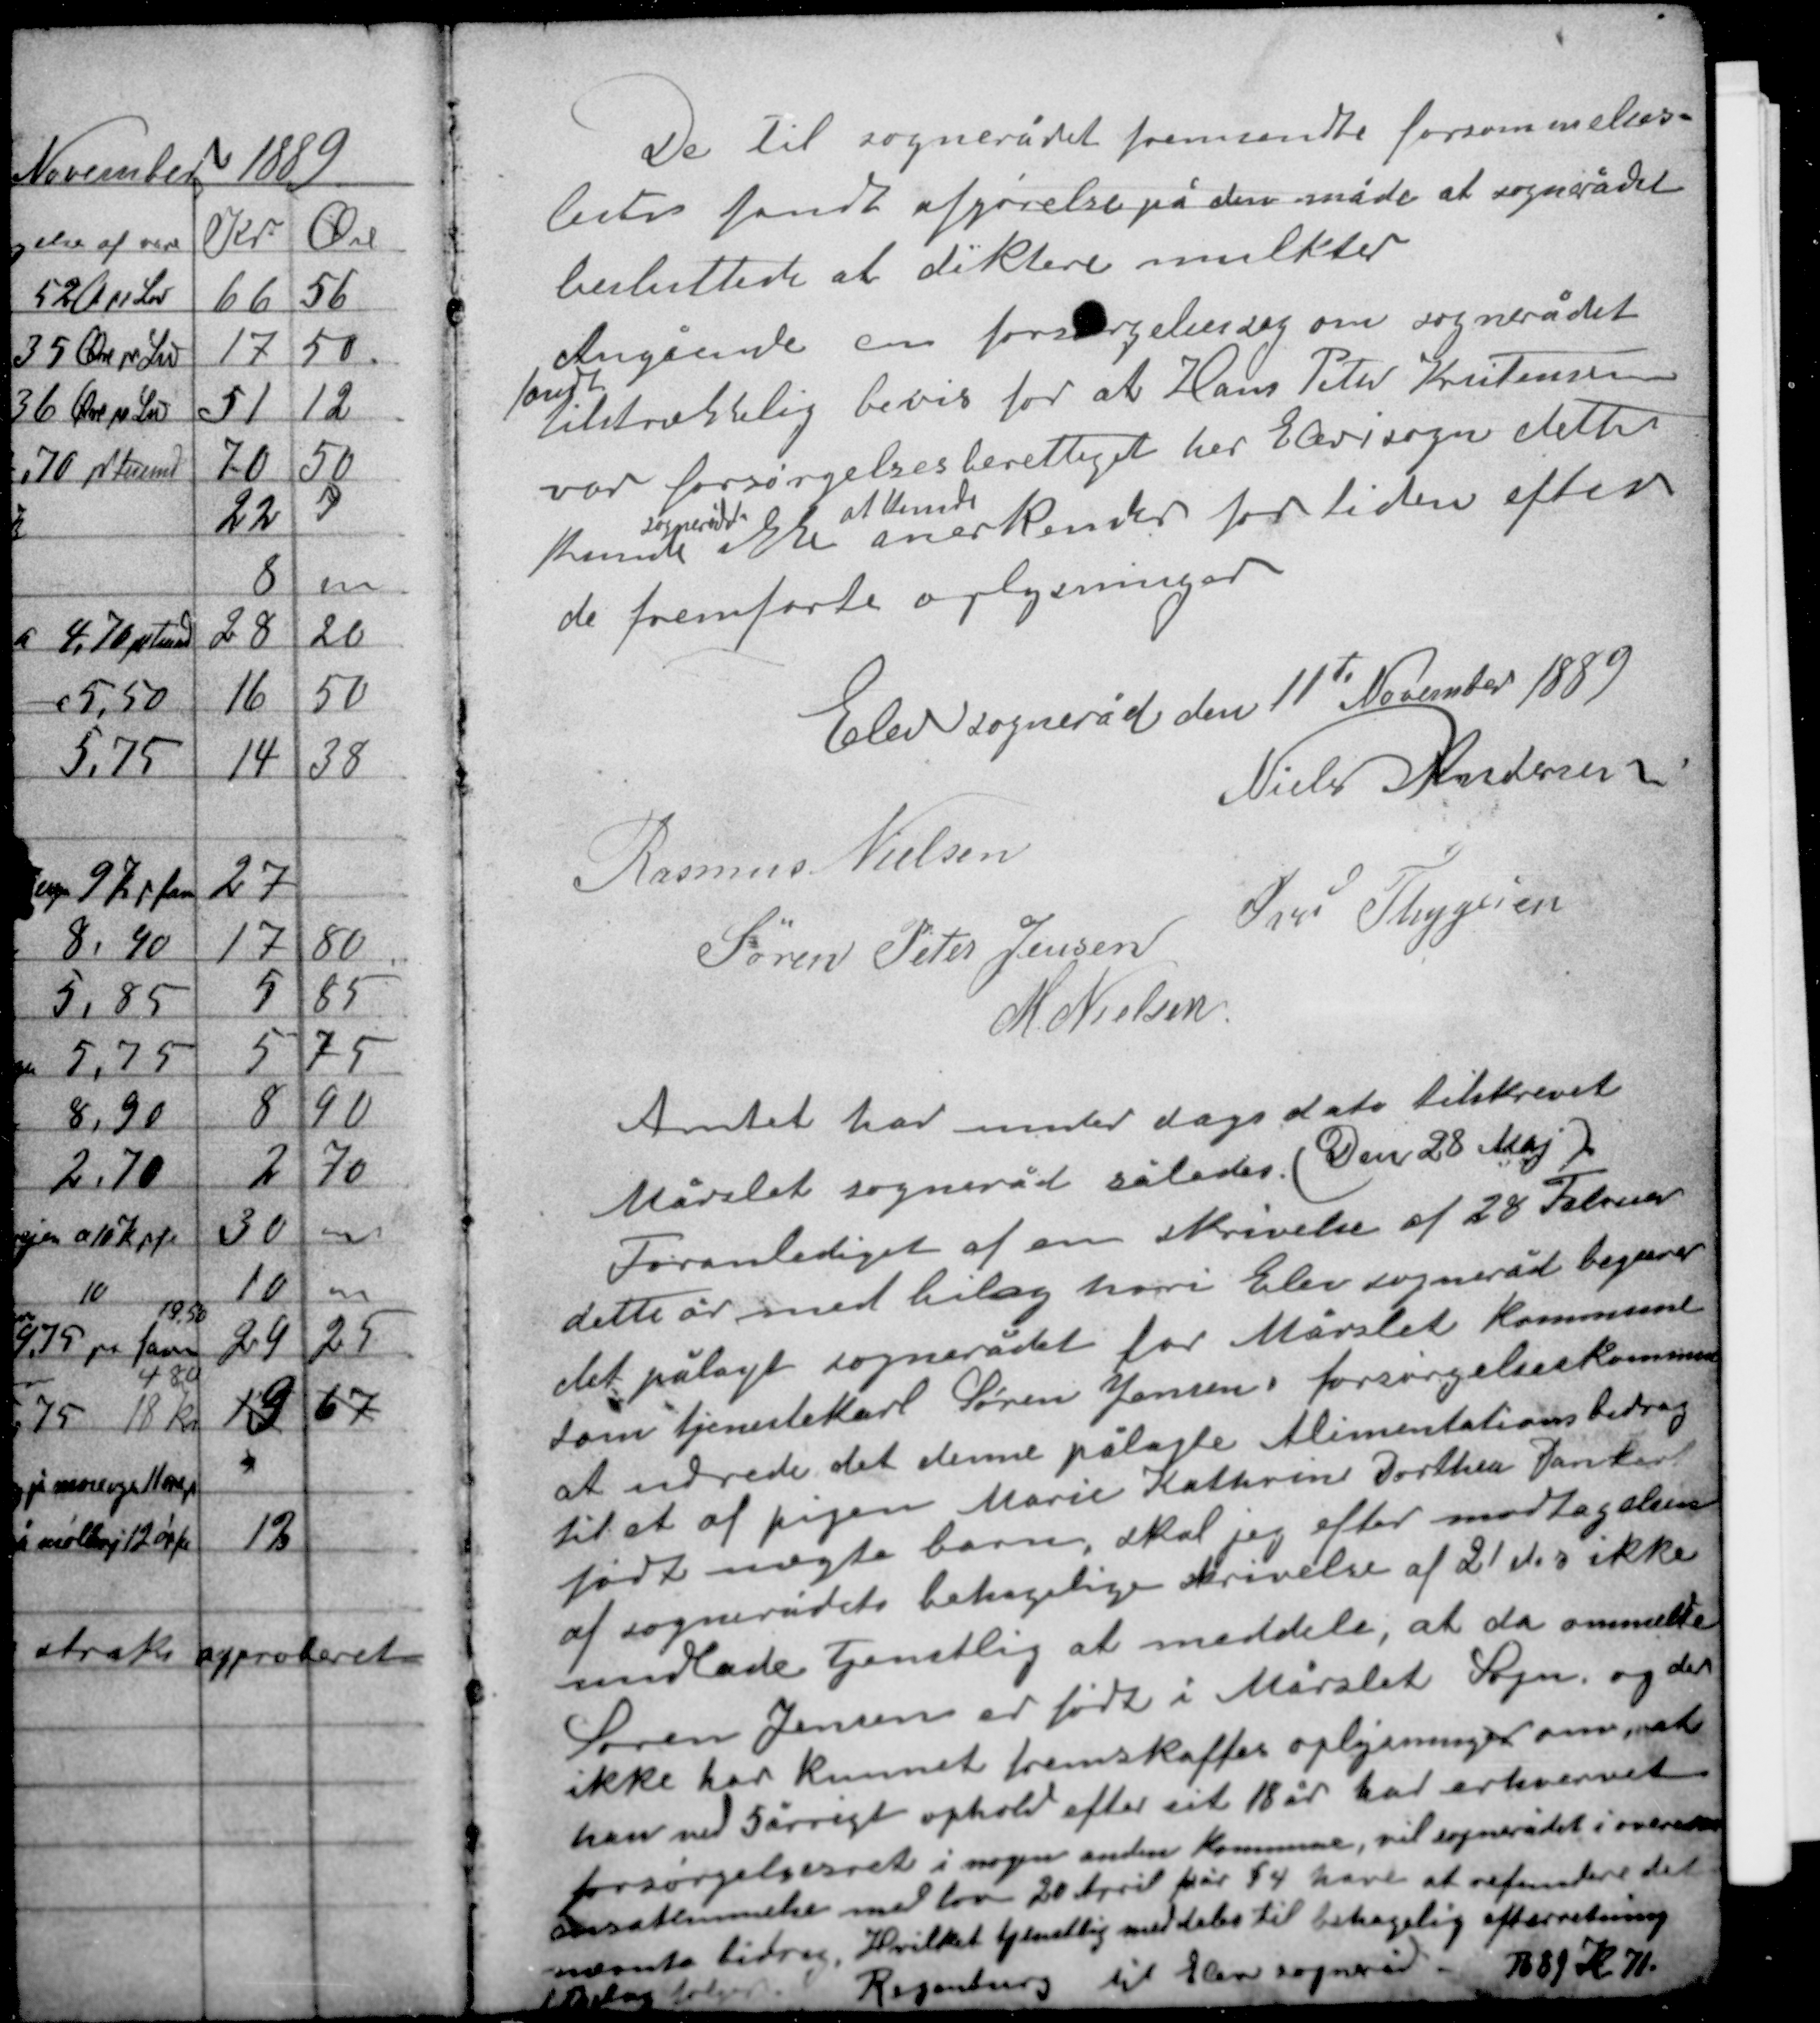
Transskription:
De til sognerådet fremsendte forsømmelses-
lister fandt afgørelse på den måde at sognerådet
besluttede at diktere mulkter
Angående en forsørgelsessag om sognerådet
fandt
tilstrækkelig bevis for at Hans Peter Kristensen
var forsørgelsesberettiget her Elev i sogn dette
sognerådet at kende
kunde ikke anerkende for tiden efter
de fremførte oplysninger

Elev sogneråd den 11te November 1889
Niels Andersen
Rasmus Nielsen
Iver Thygesen
Søren Peter Jensen
M. Nielsen

Amtet har under dags dato tilskrevet
Mårslet sogneråd således (Den 28 Maj).
Foranlediget af en skrivelse af 28 Februar
dette år med bilag hvori Elev sogneråd begærer
det pålagt sognerådet for Mårslet kommune
som tjenestekarl Søren Jensens forsørgelseskommune
at udrede det denne pålagte Alimentationsbidrag
til at af pigen Marie Kathrine Dorthea Dankart
fødte uægte barn, skal jeg efter modtagelsen
af sognerådets behagelige skrivelse af 21 ds ikke
undlade Tjenstlig at meddele, at da ommeldte
Søren Jensen er født i Mårslet Sogn og der
ikke har kunnet fremskaffes oplysninger om at
han ved 5 årrigt ophold efter sit 18 år har erhvervet
forsørgelsesret i nogen anden kommune, vil sognerådet i over-
ensstemmelse med lov 20 April for år § 4 have at refundere det
nævnte bidrag. Hvilket tjenstlig meddeles til behagelig efterretning
1 bilag følger Rexxxx til Elev sogneråd 1889  71.